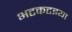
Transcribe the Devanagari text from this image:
भटकटइया